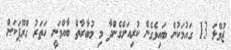
ޖުމްލަ 13 ގައުމަކުން ބައިވެގެން ކުރިއަށްގެންދާ މި މުބާރާތް ބާއްވަނީ ހަތަރު ގްރޫޕަކަށް